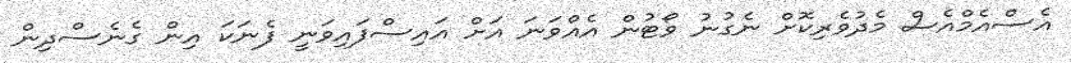
އެސްއެމްއެސް މެދުވެރިކޮށް ނެގުނު ވޯޓުން އެއްވަނަ އަށް އައިސްފައިވަނީ ފެނަކަ އިން ގެނެސްދިން